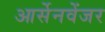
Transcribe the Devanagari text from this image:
आर्सेनवेंजर